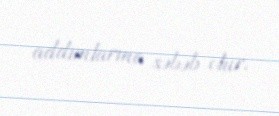
addımlarına səbəb olur.